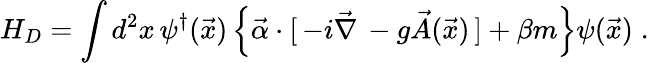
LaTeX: H_{D}=\int d^{2}x\, \psi^{\dagger}(\vec{x})\left\{ \vec{\alpha}\cdot[\, -i\vec{\nabla}\, -g\vec{A}(\vec{x})\, ]+\beta m\right\} \psi(\vec{x})\; .